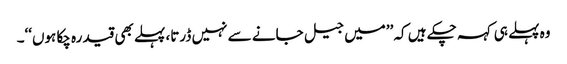
وہ پہلے ہی کہہ چکے ہیں کہ ’’میں جیل جانے سے نہیں ڈرتا، پہلے بھی قید رہ چکا ہوں‘‘۔